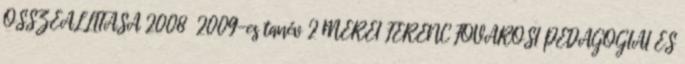
ÖSSZEÁLLÍTÁSA 2008 2009-es tanév 2 MÉREI FERENC FŐVÁROSI PEDAGÓGIAI ÉS